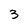
Character: 3